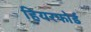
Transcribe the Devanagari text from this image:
हियरफोर्ड